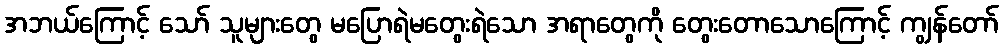
အဘယ်ကြောင့် သော် သူများတွေ မပြောရဲမတွေးရဲသော အရာတွေကို တွေးတောသောကြောင့် ကျွန်တော်